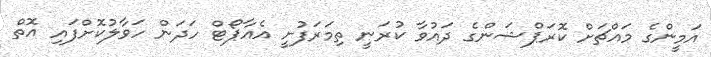
އަމީންގެ މައްޗަށް ކޮރަޕްޝަންގެ ދައުވާ ކުރަނީ ތިމަރަފުށީ އެއާޕޯޓް ހަދަން ހަވާލުކޮށްފައި އޮތް